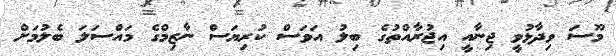
މޫސަ ވިދާޅުވީ ޖިނާއީ އިޖުރާއްތުގެ ބިލު އަވަސް ކުރިޔަސް ނާޒިމްގެ މައްސަލަ ބެލުމަށް